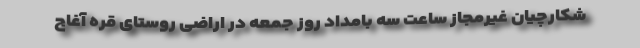
شکارچیان غیرمجاز ساعت سه بامداد روز جمعه در اراضی روستای قره آغاج